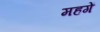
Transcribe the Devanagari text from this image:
महगें